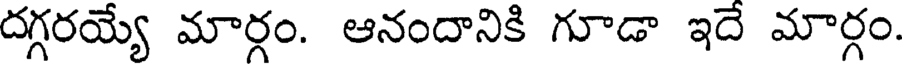
దగ్గరయ్యే మార్గం. ఆనందానికి గూడా ఇదే మార్గం.